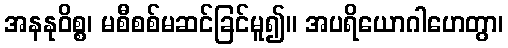
အနနုဝိစ္စ၊ မစီစစ်မဆင်ခြင်မူ၍။ အပရိယောဂါဟေတွာ၊